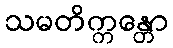
သမတိက္ကန္တော